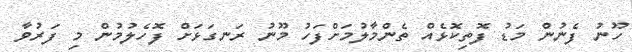
ހޫނު ފެނުން މަޑު ފޮތިކޮޅެއް ތެންމާލުމަށްފަހު މޫނު ރަނގަޅަށް ފޮހެލުމުން މި ފަރުވާ